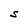
Character: S